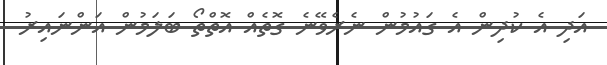
އަދި އެ ކުދިން އެ ގައުމުން ނެރެވޭނެ ގޮތެއް އޮތްތޯ ބަލަމުން އަންނައިރު